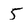
Character: 5